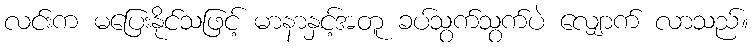
လင်းက မပြေးနိုင်သဖြင့် မာနာနှင့်အတူ ခပ်သွက်သွက်ပဲ လျှောက် လာသည်။